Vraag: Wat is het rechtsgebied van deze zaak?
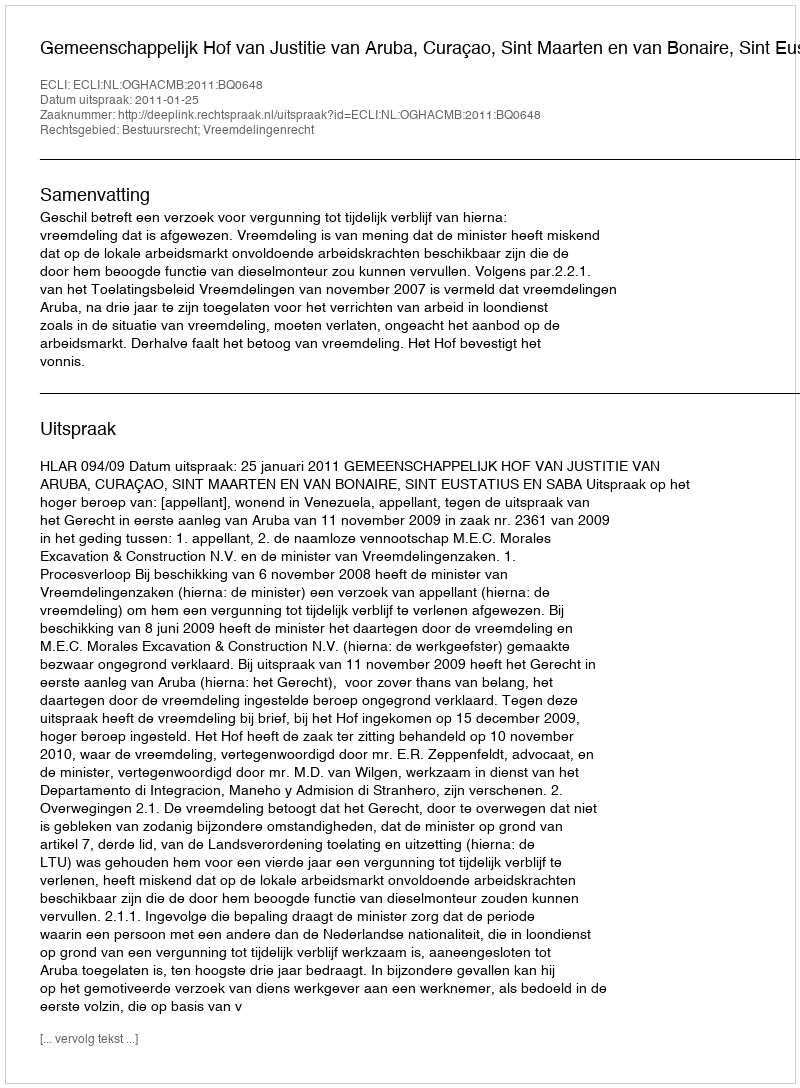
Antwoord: Bestuursrecht; Vreemdelingenrecht